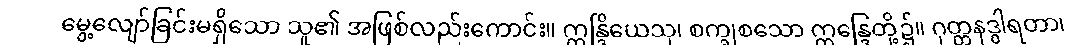
မွေ့လျော်ခြင်းမရှိသော သူ၏ အဖြစ်လည်းကောင်း။ ဣန္ဒြိယေသု၊ စက္ခုစသော ဣန္ဒြေတို့၌။ ဂုတ္တနဒွါရတာ၊